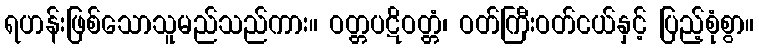
ရဟန်းဖြစ်သောသူမည်သည်ကား။ ဝတ္တပဋိဝတ္တံ၊ ဝတ်ကြီးဝတ်ငယ်နှင့် ပြည့်စုံစွာ။